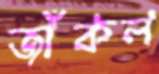
জাঁকল